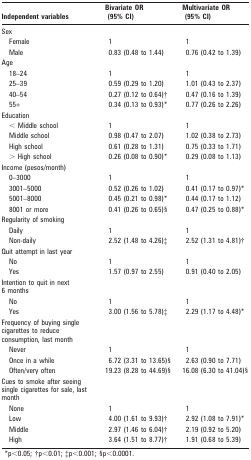
<table><thead><tr><td><b>Independent variables</b></td><td></td><td><b>Bivariate OR (95% CI)</b></td><td><b>Multivariate OR (95% CI)</b></td></tr></thead><tbody><tr><td>Sex</td><td></td><td></td><td></td></tr><tr><td>Female</td><td></td><td>1</td><td>1</td></tr><tr><td>Male</td><td></td><td>0.83 (0.48 to 1.44)</td><td>0.76 (0.42 to 1.39)</td></tr><tr><td>Age</td><td></td><td></td><td></td></tr><tr><td>18–24</td><td></td><td>1</td><td>1</td></tr><tr><td>25–39</td><td></td><td>0.59 (0.29 to 1.20)</td><td>1.01 (0.43 to 2.37)</td></tr><tr><td>40–54</td><td></td><td>0.27 (0.12 to 0.64)†</td><td>0.47 (0.16 to 1.39)</td></tr><tr><td>55+</td><td></td><td>0.34 (0.13 to 0.93)*</td><td>0.77 (0.26 to 2.26)</td></tr><tr><td>Education</td><td></td><td></td><td></td></tr><tr><td>&lt; Middle school</td><td></td><td>1</td><td>1</td></tr><tr><td>Middle school</td><td></td><td>0.98 (0.47 to 2.07)</td><td>1.02 (0.38 to 2.73)</td></tr><tr><td>High school</td><td></td><td>0.61 (0.28 to 1.31)</td><td>0.75 (0.33 to 1.71)</td></tr><tr><td>&gt; High school</td><td></td><td>0.26 (0.08 to 0.90)*</td><td>0.29 (0.08 to 1.13)</td></tr><tr><td>Income (pesos/month)</td><td></td><td></td><td></td></tr><tr><td>0–3000</td><td></td><td>1</td><td>1</td></tr><tr><td>3001–5000</td><td></td><td>0.52 (0.26 to 1.02)</td><td>0.41 (0.17 to 0.97)*</td></tr><tr><td>5001–8000</td><td></td><td>0.45 (0.21 to 0.98)*</td><td>0.44 (0.17 to 1.12)</td></tr><tr><td>8001 or more</td><td></td><td>0.41 (0.26 to 0.65)§</td><td>0.47 (0.25 to 0.88)*</td></tr><tr><td>Regularity of smoking</td><td></td><td></td><td></td></tr><tr><td>Daily</td><td></td><td>1</td><td>1</td></tr><tr><td>Non-daily</td><td></td><td>2.52 (1.48 to 4.26)‡</td><td>2.52 (1.31 to 4.81)†</td></tr><tr><td>Quit attempt in last year</td><td></td><td></td><td></td></tr><tr><td>No</td><td></td><td>1</td><td>1</td></tr><tr><td>Yes</td><td></td><td>1.57 (0.97 to 2.55)</td><td>0.91 (0.40 to 2.05)</td></tr><tr><td>Intention to quit in next 6 months</td><td></td><td></td><td></td></tr><tr><td>No</td><td></td><td>1</td><td>1</td></tr><tr><td>Yes</td><td></td><td>3.00 (1.56 to 5.78)‡</td><td>2.29 (1.17 to 4.48)*</td></tr><tr><td>Frequency of buying single cigarettes to reduce consumption, last month</td><td></td><td></td><td></td></tr><tr><td>Never</td><td></td><td>1</td><td>1</td></tr><tr><td>Once in a while</td><td></td><td>6.72 (3.31 to 13.65)§</td><td>2.63 (0.90 to 7.71)</td></tr><tr><td>Often/very often</td><td></td><td>19.23 (8.28 to 44.69)§</td><td>16.08 (6.30 to 41.04)§</td></tr><tr><td>Cues to smoke after seeing single cigarettes for sale, last month</td><td></td><td></td><td></td></tr><tr><td>None</td><td></td><td>1</td><td>1</td></tr><tr><td>Low</td><td></td><td>4.00 (1.61 to 9.93)†</td><td>2.92 (1.08 to 7.91)*</td></tr><tr><td>Middle</td><td></td><td>2.97 (1.46 to 6.04)†</td><td>2.19 (0.92 to 5.20)</td></tr><tr><td>High</td><td></td><td>3.64 (1.51 to 8.77)†</td><td>1.91 (0.68 to 5.39)</td></tr></tbody></table>